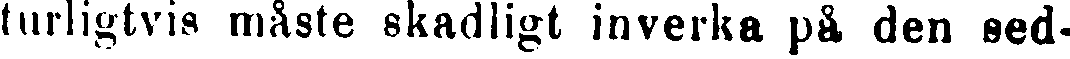
turligtvis måste skadligt inverka på den sed-